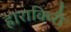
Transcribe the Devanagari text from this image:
हाराकिरी